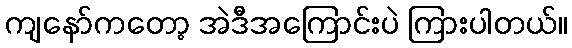
ကျနော်ကတော့ အဲဒီအကြောင်းပဲ ကြားပါတယ်။